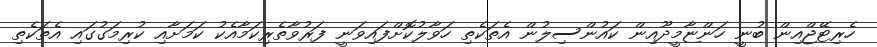
ހެރިޓޭޖްއިން ބުނީ ހަންޏާމީދޫއިން ކައުންސިލުން އެތަކެތި ހަވާލުކޮށްފައިވަނީ ފަރުވާތެރިކަމާއެކު ކަމަށާއި ކުރިމަގުގައި އެތަކެތި